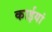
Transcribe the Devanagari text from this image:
काईयां